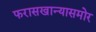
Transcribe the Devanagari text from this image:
फरासखान्यासमोर